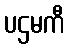
ပဌမကီ